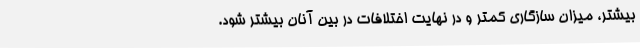
بیشتر، میزان سازگاری کمتر و در نهایت اختلافات در بین آنان بیشتر ‌شود.